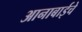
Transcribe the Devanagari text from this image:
आनाबाईचे